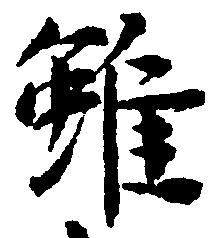
雖